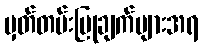
မှတ်တမ်းပြုချက်များအရ